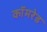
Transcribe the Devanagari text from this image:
काॅमरेड